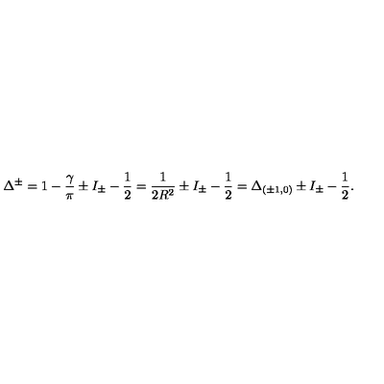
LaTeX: \Delta ^ { \pm } = 1 - \frac { \gamma } { \pi } \pm I _ { \pm } - \frac { 1 } { 2 } = \frac { 1 } { 2 R ^ { 2 } } \pm I _ { \pm } - \frac { 1 } { 2 } = \Delta _ { ( \pm 1 , 0 ) } \pm I _ { \pm } - \frac { 1 } { 2 } .